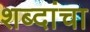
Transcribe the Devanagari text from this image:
शब्दांचा